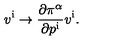
v ^ { \mathrm { i } } \rightarrow { \frac { \partial \pi ^ { \alpha } } { \partial p ^ { \mathrm { i } } } } v ^ { \mathrm { i } } .